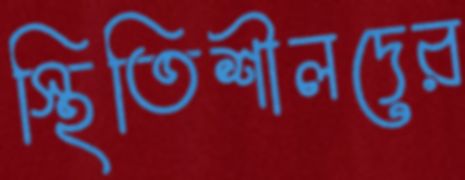
স্থিতিশীলদের